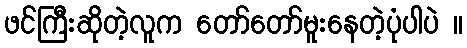
ဖင်ကြီးဆိုတဲ့လူက တော်တော်မူးနေတဲ့ပုံပါပဲ ။